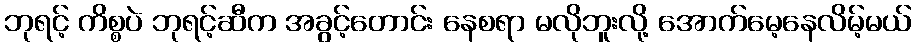
ဘုရင့် ကိစ္စပဲ ဘုရင့်ဆီက အခွင့်တောင်း နေစရာ မလိုဘူးလို့ အောက်မေ့နေလိမ့်မယ်